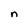
Character: n